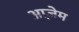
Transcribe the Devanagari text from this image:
आज़ेम